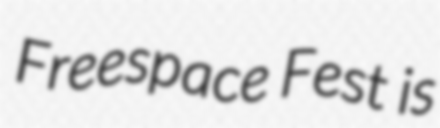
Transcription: Freespace Fest is